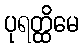
ပုရတ္ထိမေ